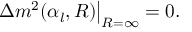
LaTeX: \Delta m ^ { 2 } ( \alpha _ { l } , R ) \big | _ { R = \infty } = 0 .